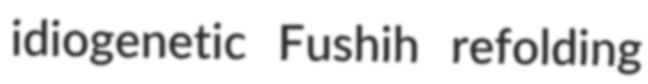
idiogenetic Fushih refolding